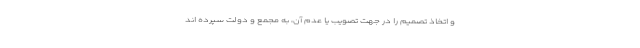
و اتخاذ تصمیم را در جهت تصویب یا عدم آن، به مجمع و دولت سپرده اند